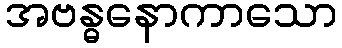
အဗန္ဓနောကာသော